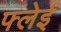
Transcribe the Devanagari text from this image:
फ्लेई